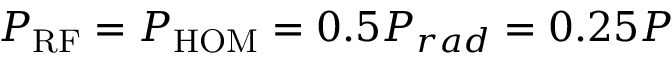
P _ { \mathrm { R F } } = P _ { \mathrm { H O M } } = 0 . 5 P _ { r a d } = 0 . 2 5 P